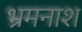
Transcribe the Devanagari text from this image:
भ्रमनाश